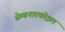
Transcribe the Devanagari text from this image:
सेम्बनारकोइल